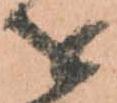
を